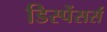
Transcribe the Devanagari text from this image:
डिस्पेंसर्स